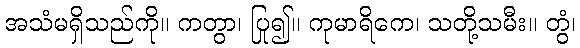
အသံမရှိသည်ကို။ ကတွာ၊ ပြု၍။ ကုမာရိကေ၊ သတို့သမီး။ တွံ၊